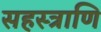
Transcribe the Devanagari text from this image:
सहस्त्राणि